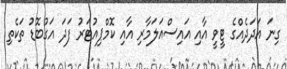
ގިނަ އަދަދެއްގެ ޓީވީ އާއި އައިސްއަލަމާރި އާއި ކޮމްޕިއުޓަރު ފަދަ އަގުބޮޑު ތަކެތި